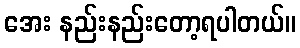
အေး နည်းနည်းတော့ရပါတယ်။